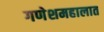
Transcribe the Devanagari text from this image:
गणेशमहालात